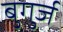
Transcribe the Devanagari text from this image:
बुगुर्ज